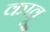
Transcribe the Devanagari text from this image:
कावू